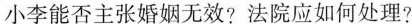
小李能否主张婚姻无效?法院应如何处理?